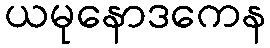
ယမုနောဒကေန